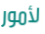
لأمور